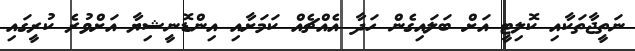
ނަތީޖާތަކާއި ކޮލިޓީ އަށް ބަލައިގެން ހަދާ އެއްޗެއް ކަމަށާއި އިންޑޮނީޝިޔާ އަށްވުރެ ކުރީގައި